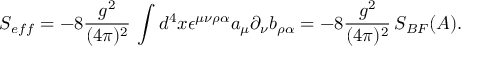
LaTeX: S _ { e f f } = - 8 \frac { g ^ { 2 } } { ( 4 \pi ) ^ { 2 } } \, \int d ^ { 4 } x \epsilon ^ { \mu \nu \rho \alpha } a _ { \mu } \partial _ { \nu } b _ { \rho \alpha } = - 8 \frac { g ^ { 2 } } { ( 4 \pi ) ^ { 2 } } \, { \cal S } _ { B F } ( { \cal A } ) .